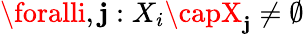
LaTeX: \foralli,\mathbf{j}:X_{i}\capX_{\mathbf{j}}\neq\emptyset